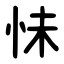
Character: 怽